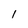
Character: 1